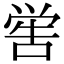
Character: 喾